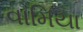
વામિયા